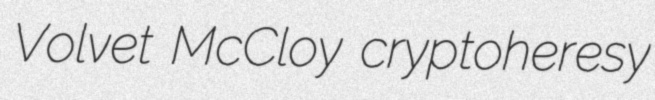
Volvet McCloy cryptoheresy